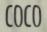
COCO